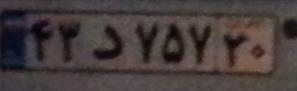
۴۲د۷۵۷۲۰